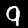
Label: 9